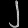
Digit: ၂